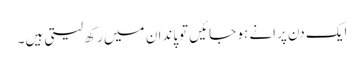
ایک دن پرانے ہو جائیں توپاندان میں رکھ لیتی ہیں۔